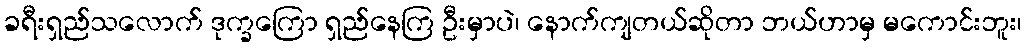
ခရီးရှည်သလောက် ဒုက္ခကြော ရှည်နေကြ ဦးမှာပဲ၊ နောက်ကျတယ်ဆိုတာ ဘယ်ဟာမှ မကောင်းဘူး၊